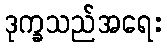
ဒုက္ခသည်အရေး